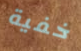
خفية